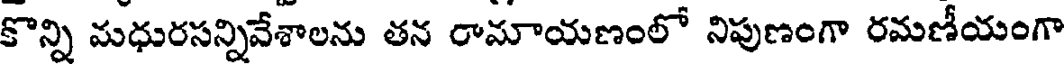
కొన్ని మధురసన్నివేశాలను తన రామాయణంలో నిపుణంగా రమణీయంగా